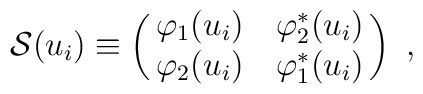
\mathcal{S}(u_i)\equiv  \left( \matrix{ \varphi_1(u_i) & \varphi_2^*(u_i) \cr  \varphi_2(u_i) & \varphi_1^*(u_i)\cr}\right)~,